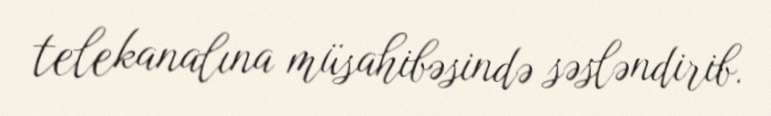
telekanalına müsahibəsində səsləndirib.